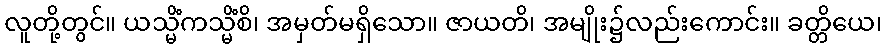
လူတို့တွင်။ ယသ္မိံကသ္မိံစိ၊ အမှတ်မရှိသော။ ဇာယတိ၊ အမျိုး၌လည်းကောင်း။ ခတ္တိယေ၊